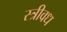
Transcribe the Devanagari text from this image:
स्त्रीवध